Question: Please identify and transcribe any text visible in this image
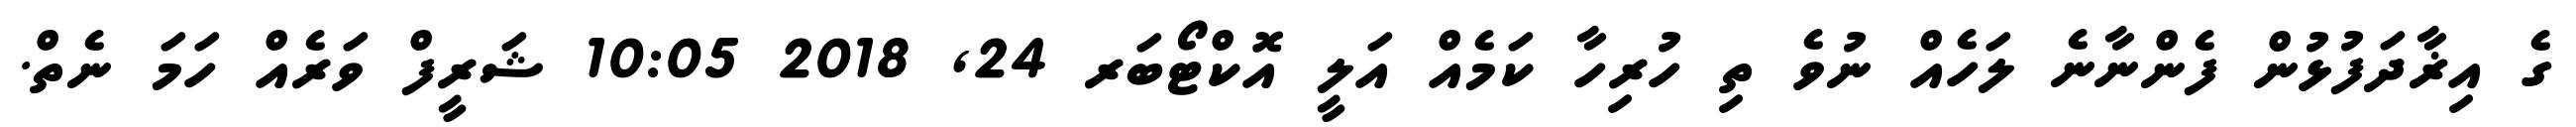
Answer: ގެ އިޜާދަފުޅުން ފެންނާނެ ލަހެއް ނުވެ ތި ހުރިހާ ކަމެއް އަލީ އޮކްޓޯބަރ 24, 2018 10:05 ޝަރީފް ވަރެއް ހަމަ ނެތް.